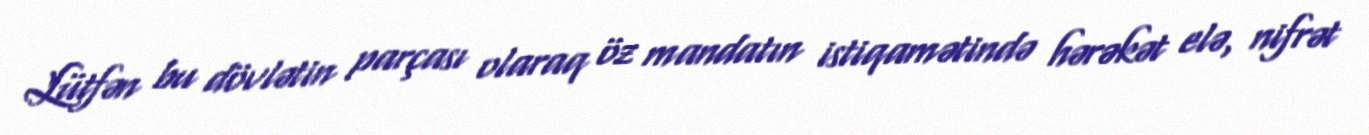
Lütfən bu dövlətin parçası olaraq öz mandatın istiqamətində hərəkət elə, nifrət